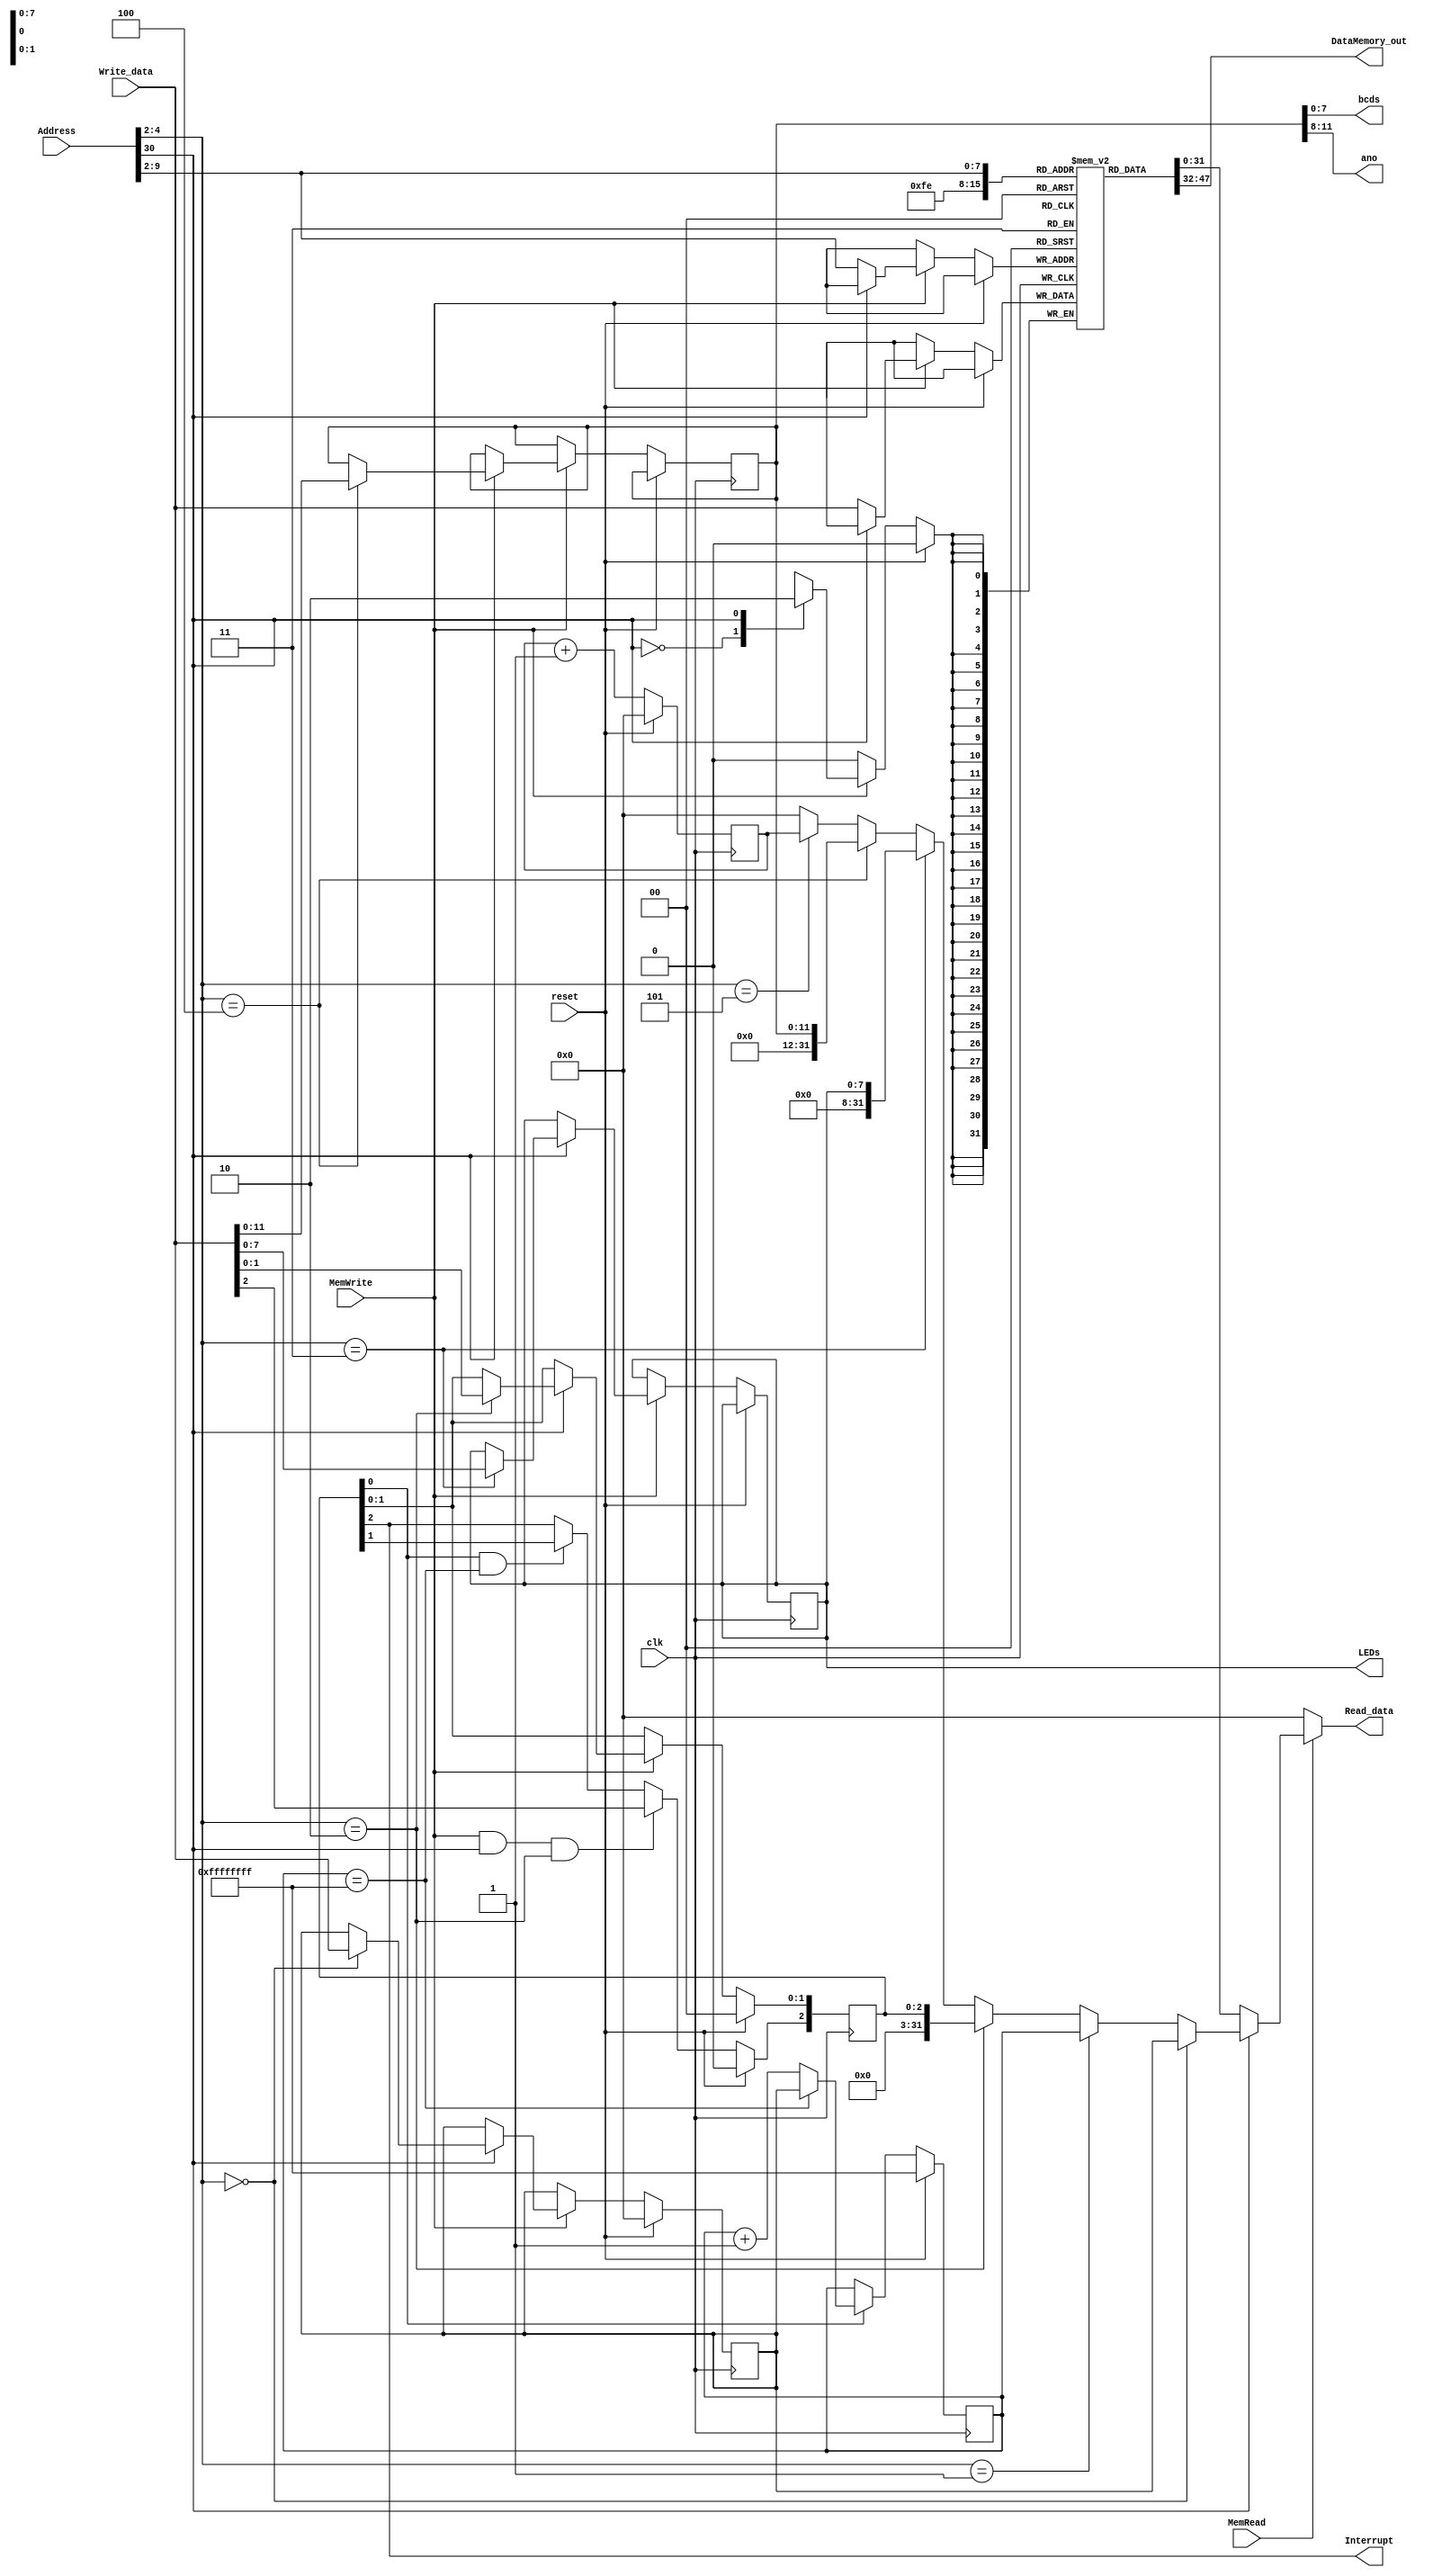

module DataMemory(
           input reset, clk,
           input [31 : 0] Address, Write_data,
           input MemRead, MemWrite,
           output [31 : 0] Read_data,
           output Interrupt,
           output reg [7: 0] LEDs = 0,
           output [7: 0] bcds,
           output [3: 0] ano,
           output [15: 0] DataMemory_out
       );

parameter RAM_SIZE_BIT = 8;
parameter RAM_SIZE = 2 << (RAM_SIZE_BIT - 1);

reg [31 : 0] RAM_data [RAM_SIZE - 1: 0];

assign DataMemory_out = RAM_data[RAM_SIZE - 2];
// assign DataMemory_osut[0] = RAM_data[RAM_SIZE - 2 - 1];

reg [31: 0] Timer_TH = 0;				// 0x40000000
reg [31: 0] Timer_TL = 32'hffffffff;	// 0x40000004
reg [2: 0] Timer_TCON = 0;				// 0x40000008
// reg [7: 0] LEDs = 0;					// 0x4000000C
reg [11: 0] SegmentDisplay = 0;			// 0x40000010
reg [31: 0] SysTick = 0;				// 0x40000014

assign bcds = SegmentDisplay[7: 0];
assign ano = SegmentDisplay[11: 8];

assign Interrupt = Timer_TCON[2];


assign Read_data =				// 
       MemRead ?
       !Address[30] ? RAM_data[Address[RAM_SIZE_BIT + 1 : 2]] :
       Address[4: 2] == 3'b000 ? Timer_TH :
       Address[4: 2] == 3'b001 ? Timer_TL :
       Address[4: 2] == 3'b010 ? {29'b0, Timer_TCON} :
       Address[4: 2] == 3'b011 ? {24'b0, LEDs} :
       Address[4: 2] == 3'b100 ? {20'b0, SegmentDisplay} :
       Address[4: 2] == 3'b101 ? SysTick :
       32'h00000000 :
       32'h00000000;

always @(posedge clk)
    if (reset)
    begin : Loop
        SysTick <= 0;
        Timer_TH <= 0;
        Timer_TL <= 32'hffffffff;
        Timer_TCON <= 0;
        // integer i;
        // for (i = 0; i < RAM_SIZE; i = i + 1)
        //     RAM_data[i] <= 32'h00000000;
    end
    else
    begin
        SysTick <= SysTick + 1;
        if (MemWrite)
        case (Address[30])
            1'b0 : RAM_data[Address[RAM_SIZE_BIT + 1: 2]] <= Write_data;
            1'b1 :
            case (Address[4: 2])
                3'b000: Timer_TH <= Write_data;
                3'b010: Timer_TCON[1: 0] <= Write_data[1: 0];
                3'b011: LEDs <= Write_data[7: 0];
                3'b100: SegmentDisplay <= Write_data[11: 0];
            endcase
        endcase
        if(Timer_TCON[0])
            if(Timer_TL == 32'hffffffff)
            begin
                Timer_TL <= Timer_TH;
                // Timer_TCON[2] <= Timer_TCON[1] ? 1'b1 : 1'b0;
            end
            else
                Timer_TL <= Timer_TL + 1;
        Timer_TCON[2] <=
                  MemWrite && Address[30] && (Address[4: 2] == 3'b010) ? Write_data[2] :
                  Timer_TCON[0] && (Timer_TL == 32'hffffffff) ? Timer_TCON[1] : Timer_TCON[2];

    end



endmodule